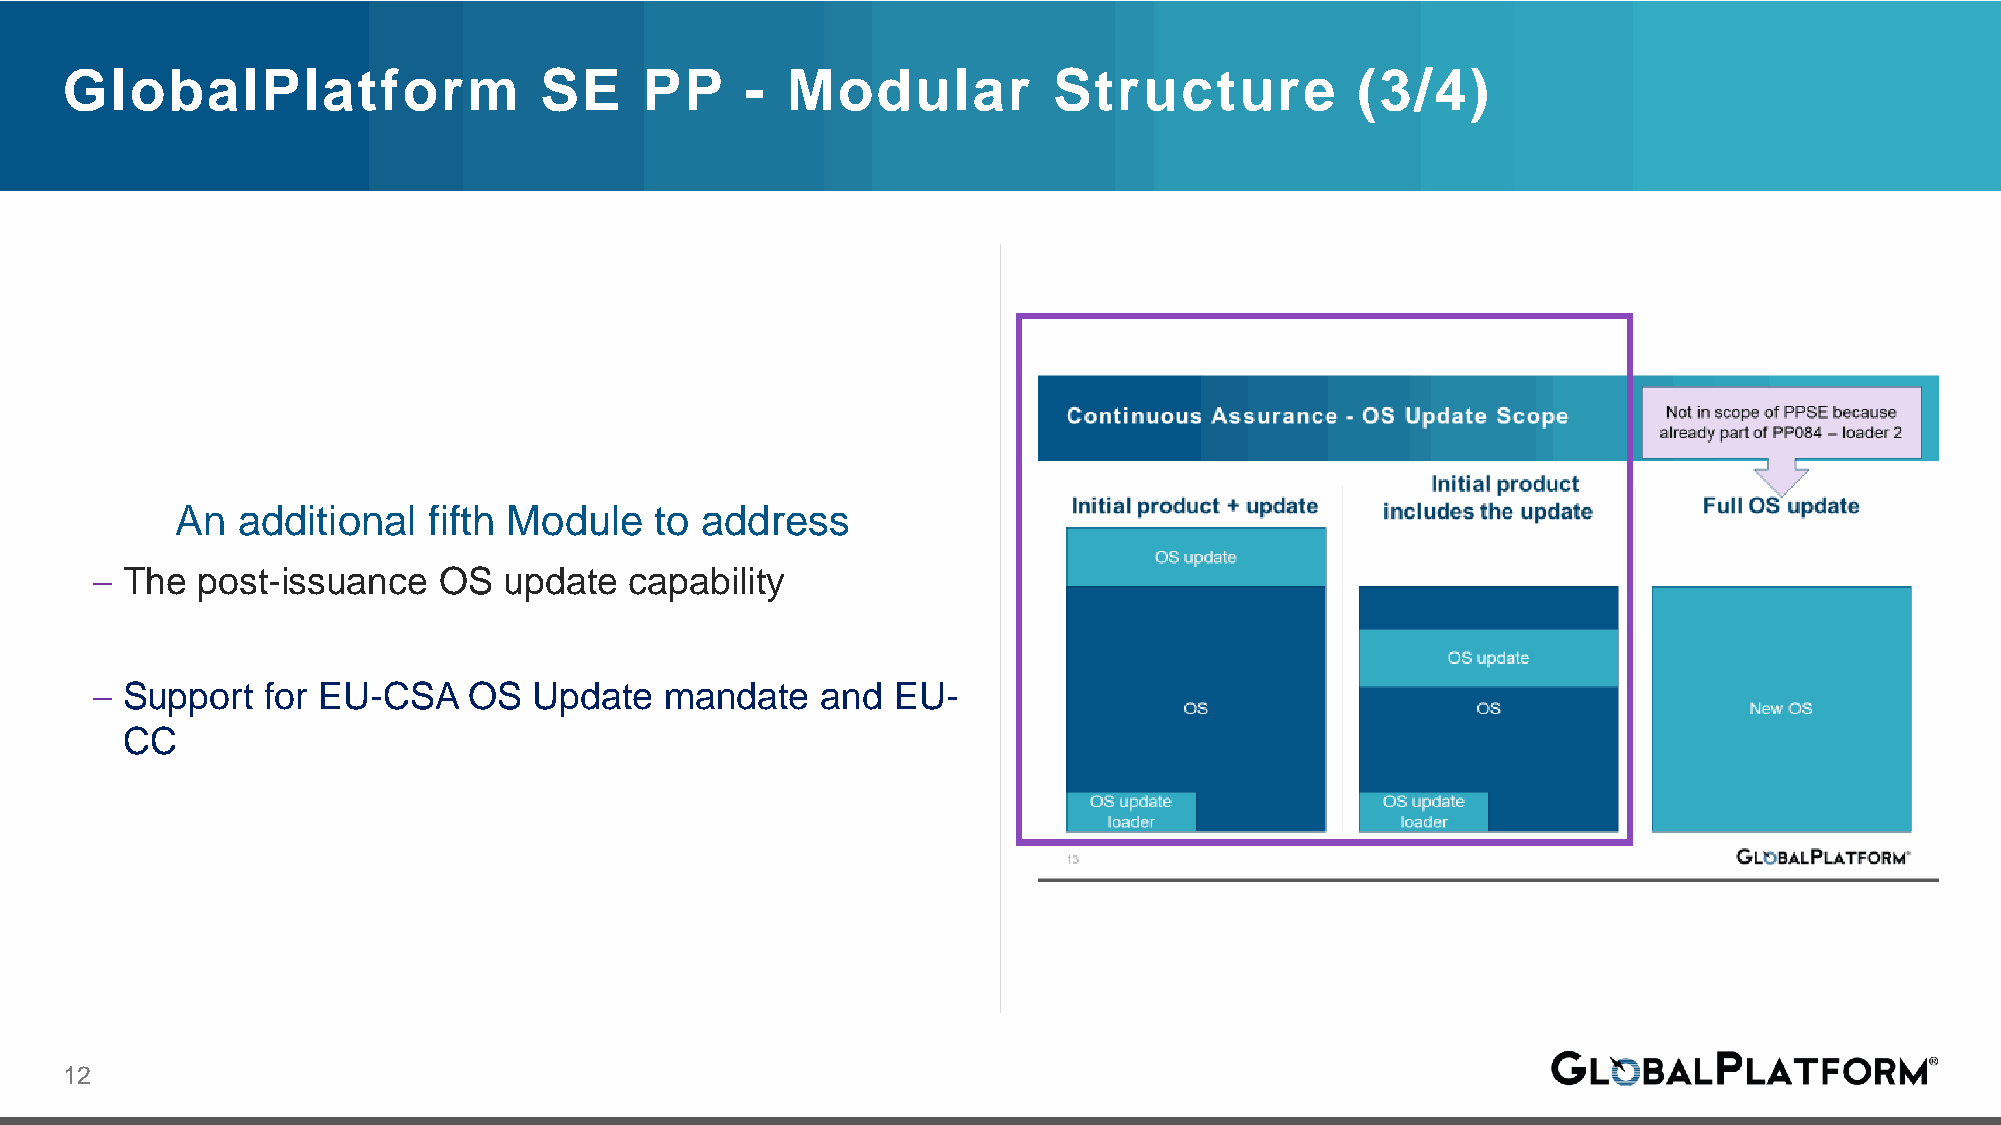
GlobalPlatform                  SE     PP    -  Modular           Structure           (3/4)
 An  additional  fifth Module   to address
 – The  post-issuance   OS  update   capability
 – Support  for EU-CSA    OS  Update   mandate   and  EU-
 CC
 12